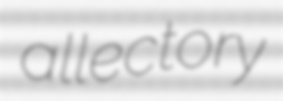
allectory